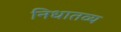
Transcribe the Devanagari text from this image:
निधातव्य